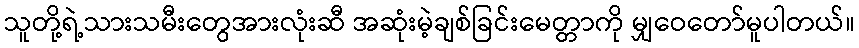
သူတို့ရဲ့သားသမီးတွေအားလုံးဆီ အဆုံးမဲ့ချစ်ခြင်းမေတ္တာကို မျှဝေတော်မူပါတယ်။